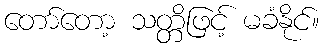
တော်တော့ သတ္တိဖြင့် မခံနိုင်။